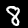
Digit: 8